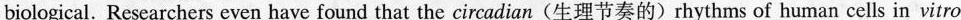
biological. Researchers even have found that the circadian (生理节奏的)rhythms of human cells in vitro